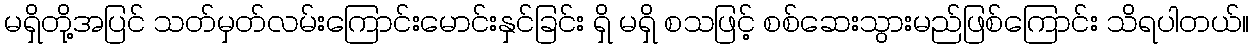
မရှိတို့အပြင် သတ်မှတ်လမ်းကြောင်းမောင်းနှင်ခြင်း ရှိ မရှိ စသဖြင့် စစ်ဆေးသွားမည်ဖြစ်ကြောင်း သိရပါတယ်။